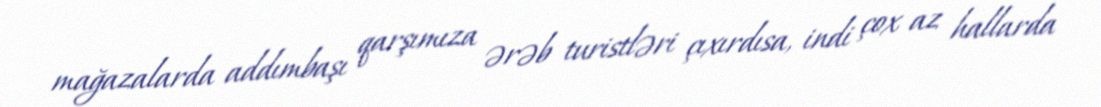
mağazalarda addımbaşı qarşımıza ərəb turistləri çıxırdısa, indi çox az hallarda